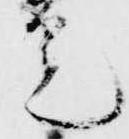
定